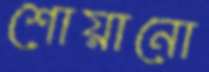
শোয়ানো